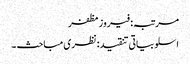
مرتبہ: فیروز مظفر
اسلوبیاتی تنقید: نظری مباحث ۔